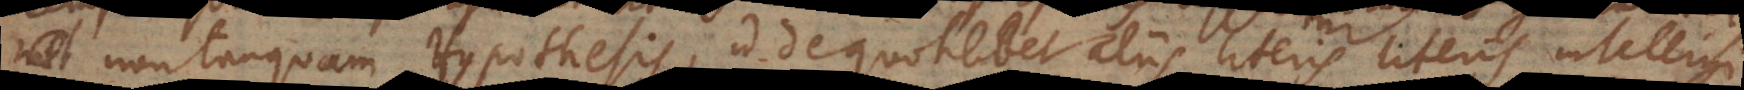
, non tanquam Hypothesis, id de quotlibet aliis literis intelligi.